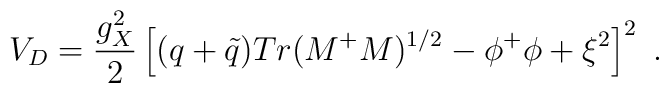
V_D = {g_X^2 \over 2} \left[ (q + {\tilde q}) Tr (M^+ M)^{1/2}- \phi^+ \phi + \xi^2 \right]^2 \ .